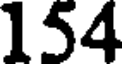
154